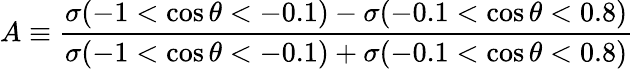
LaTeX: A\equiv\frac{\sigma(-1<\cos\theta<-0.1)-\sigma(-0.1<\cos\theta<0.8)}{\sigma(-1<\cos\theta<-0.1)+\sigma(-0.1<\cos\theta<0.8)}